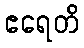
ဧရေတိ